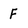
Character: F